Vaccination North-Western Provinces and Oudh 1878-1895 - 1878-1895
Year: 1878
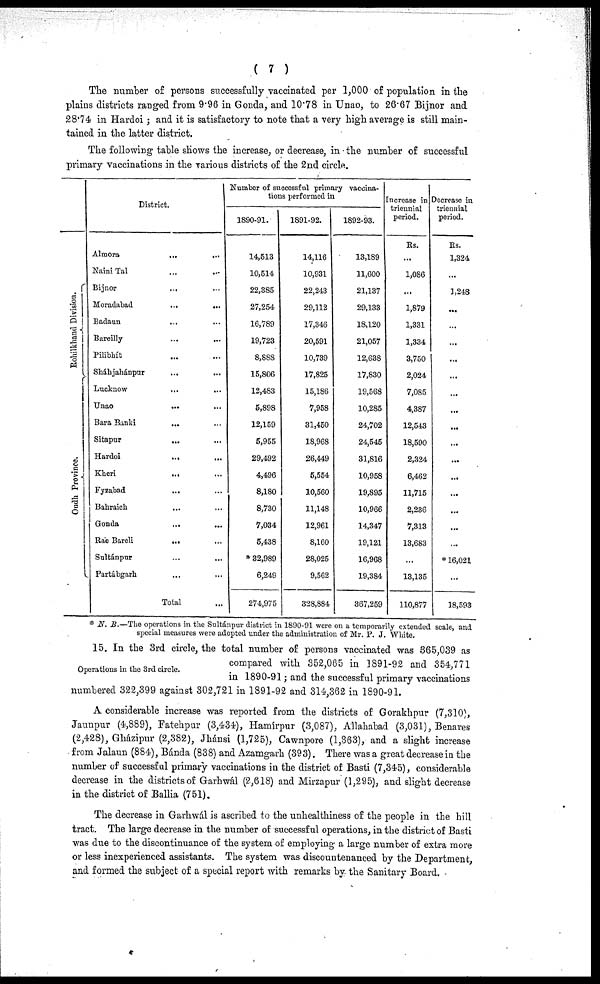
( 7 )
The number of persons successfully vaccinated per 1,000 of population in the
plains districts ranged from 9.96 in Gonda, and 10.78 in Unao, to 26.67 Bijnor and
28.74 in Hardoi; and it is satisfactory to note that a very high average is still main-
tained in the latter district.
The following table shows the increase, or decrease, in the number of successful
primary vaccinations in the various districts of the 2nd circle.
Rohilkhand Division.
Oudh Province.
District.
Almora
...
...
Naini Tal ... ...
Bijnor
...
...
Moradabad
...
...
Badaun ... ...
Bareilly
...
...
Pilibhít ... ...
Sháhjahánpur ... ...
Lucknow
...
...
Unao
...
...
Bara Banki
...
...
Sitapur
...
...
Hardoi
...
...
Kheri
...
...
Fyzabad
...
...
Bahraich
...
...
Gonda ... ...
Rae Bareli
...
...
Sultánpur ... ...
Partábgarh
...
...
Total ...
Number of successful primary vaccina-
tions performed in
1890-91.
14,513
10,514
22,385
27,254
16,789
19,723
8,8S8
15,806
12,483
5,898
12,159
5,955
29,492
4,496
8,180
8,730
7,034
5,438
* 32,989
6,249
274,975
1891-92.
14,116
10,931
22,243
29,112
17,346
20,591
10,739
17,825
15,186
7,958
31,450
18,968
26,449
5,554
10,560
11,148
12,961
8,160
28,025
9,562
328,884
1892-93.
13,189
11,600
21,137
29,133
18,120
21,057
12,638
17,830
19,568
10,285
24,702
24,545
31,816
10,958
19,895
10,966
14,347
19,121
16,968
19,384
867,259
Increase in
triennial
period.
Rs.
...
1,086
...
1,879
1,331
1,334
3,750
2,024
7,085
4,387
12,543
18,590
2,324
6,462
11,715
2,236
7,313
13,683
...
13,135
110,877
Decrease in
triennial
period.
Rs.
1,324
...
1,248
...
...
...
...
...
...
...
...
...
...
...
...
...
...
...
* 16,021
...
18,593
* N. B.—The operations in the Sultánpur district in 1890-91 were on a temporarily extended scale, and
special measures were adopted under the administration of Mr. P. J. White.
Operations in the 3rd circle.
15. In the 3rd circle, the total number of persons vaccinated was 365,039 as
compared with 352,065 in 1891-92 and 354,771
in 1890-91; and the successful primary vaccinations
numbered 322,399 against 302,721 in 1891-92 and 314,362 in 1890-91.
A considerable increase was reported from the districts of Gorakhpur (7,310),
Jaunpur (4,889), Fatehpur (3,434), Hamírpur (3,087), Allahabad (3,031), Benares
(2,428), Gházipur (2,382), Jhánsi (1,725), Cawnpore (1,363), and a slight increase
from Jalaun (884), Bánda (838) and Azamgarh (393). There was a great decrease in the
number of successful primary vaccinations in the district of Basti (7,345), considerable
decrease in the districts of Garhwál (2,618) and Mirzapur (1,295), and slight decrease
in the district of Ballia (751).
The decrease in Garhwál is ascribed to the unhealthiness of the people in the hill
tract. The large decrease in the number of successful operations, in the district of Basti
was due to the discontinuance of the system of employing a large number of extra more
or less inexperienced assistants. The system was discountenanced by the Department,
and formed the subject of a special report with remarks by the Sanitary Board.